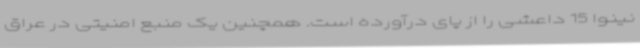
نینوا 15 داعشی را از پای درآورده است. همچنین یک منبع امنیتی در عراق